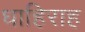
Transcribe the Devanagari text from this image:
धाहिराह